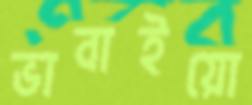
ভাবাইয়ো